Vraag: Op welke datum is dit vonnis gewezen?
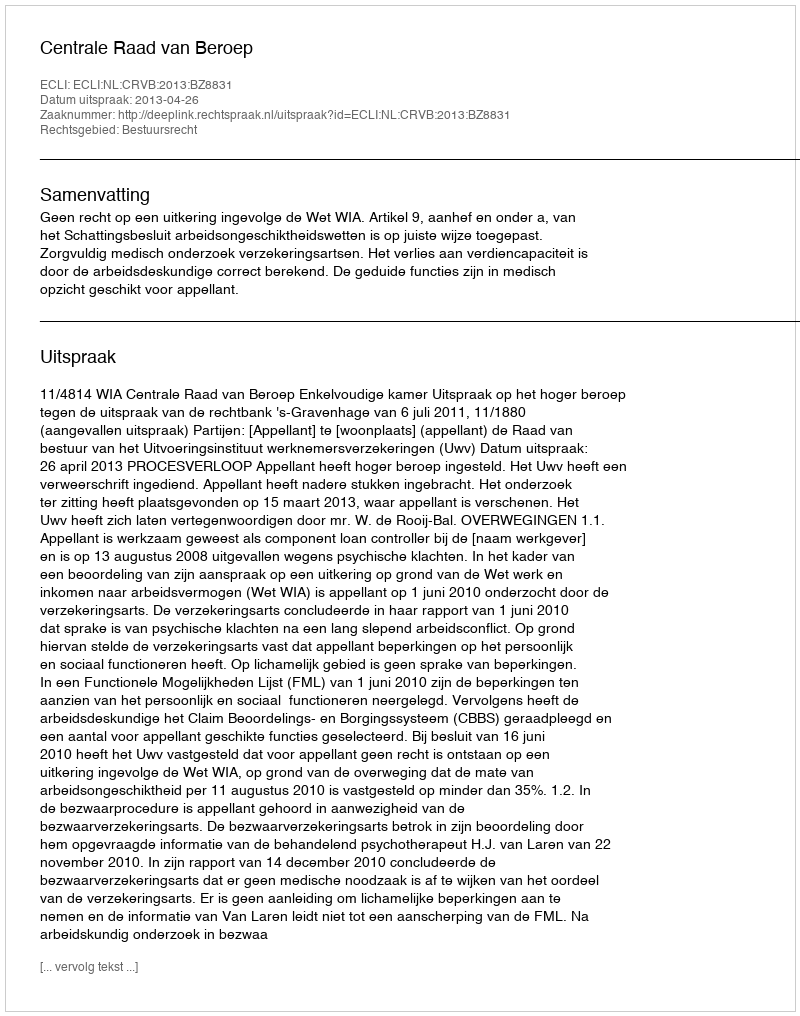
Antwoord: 2013-04-26